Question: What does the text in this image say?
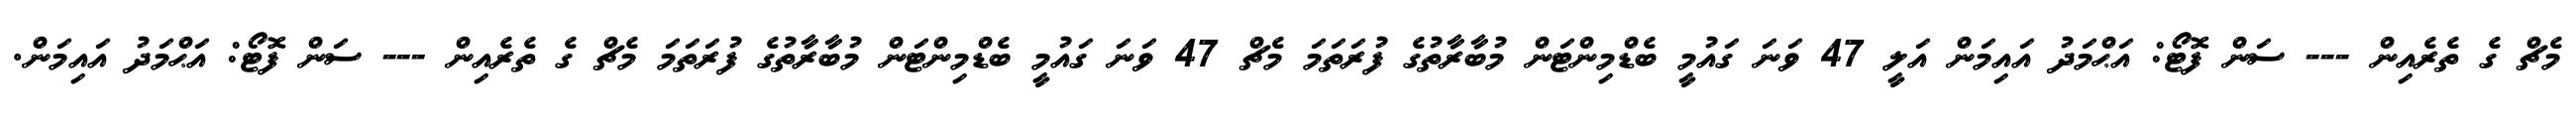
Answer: މެޗް ގެ ތެރެއިން --- ސަން ފޮޓޯ: އަޙްމަދު އައިމަން އަލީ 47 ވަނަ ގައުމީ ބެޑްމިންޓަން މުބާރާތުގެ ފުރަތަމަ މެޗް 47 ވަނަ ގައުމީ ބެޑްމިންޓަން މުބާރާތުގެ ފުރަތަމަ މެޗް ގެ ތެރެއިން --- ސަން ފޮޓޯ: އަޙްމަދު އައިމަން.